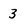
Character: 3